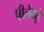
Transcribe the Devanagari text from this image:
पीलेभूरे